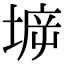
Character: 𡍩